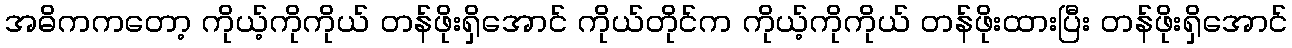
အဓိကကတော့ ကိုယ့်ကိုကိုယ် တန်ဖိုးရှိအောင် ကိုယ်တိုင်က ကိုယ့်ကိုကိုယ် တန်ဖိုးထားပြီး တန်ဖိုးရှိအောင်